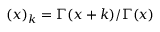
( x ) _ { k } = \Gamma ( x + k ) / \Gamma ( x )